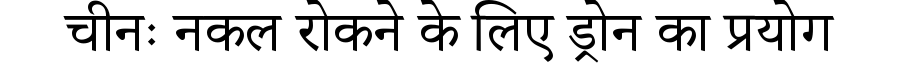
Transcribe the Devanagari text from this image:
चीनः नकल रोकने के लिए ड्रोन का प्रयोग